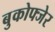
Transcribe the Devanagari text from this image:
बुकोफ्जेर